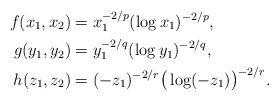
\begin{align*}f(x_1,x_2) & = x_1^{-2/p} (\log x_1)^{-2/p}, \\g(y_1,y_2) & = y_1^{-2/q} (\log y_1)^{-2/q}, \\h(z_1,z_2) & = (-z_1)^{-2/r} \big(\log(-z_1)\big)^{-2/r}.\end{align*}